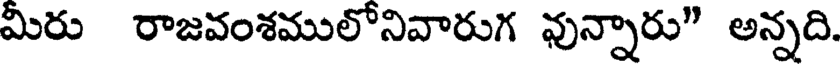
మిరు రాజవంశములోనివారుగ వున్నారు" అన్నది.